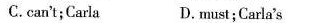
C.can't;Carla D.must;Carla's